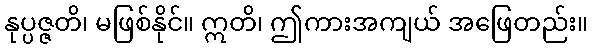
နုပ္ပဇ္ဇတိ၊ မဖြစ်နိုင်။ ဣတိ၊ ဤကားအကျယ် အဖြေတည်း။